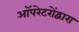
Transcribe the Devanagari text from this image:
ऑपरेटरोंद्वारा